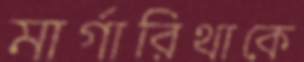
মার্গারিথাকে